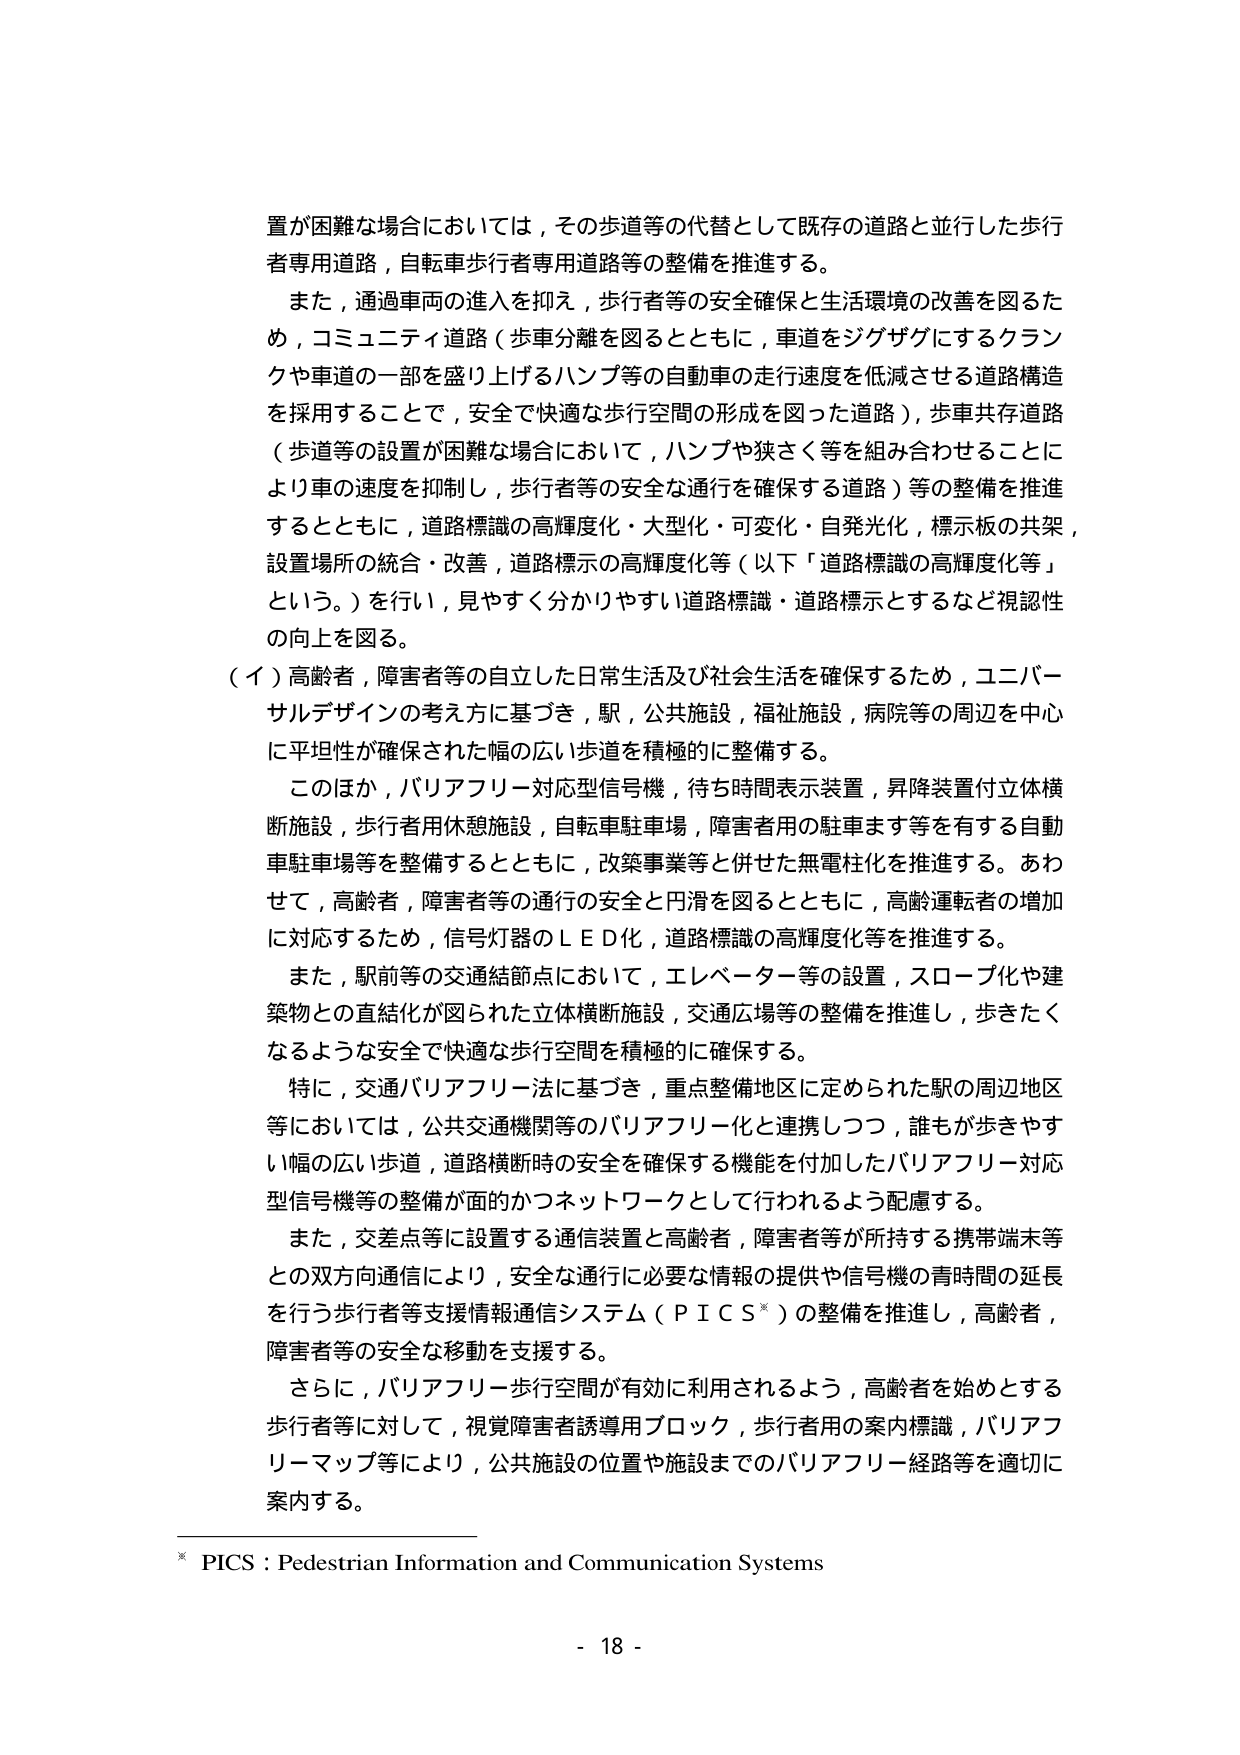
置が困難な場合においては，その歩道等の代替として既存の道路と並行した歩行者専用道路，自転車歩行者専用道路等の整備を推進する。

また，通過車両の進入を抑え，歩行者等の安全確保と生活環境の改善を図るため，コミュニティ道路（歩車分離を図るとともに，車道をジグザグにするクランクや車道の一部を盛り上げるハンプ等の自動車の走行速度を低減させる道路構造を採用することで，安全で快適な歩行空間の形成を図った道路），歩車共存道路（歩道等の設置が困難な場合において，ハンプや狭さく等を組み合わせることにより車の速度を抑制し，歩行者等の安全な通行を確保する道路）等の整備を推進するとともに，道路標識の高輝度化・大型化・可変化・自発光化，標示板の共架，設置場所の統合・改善，道路標示の高輝度化等（以下「道路標識の高輝度化等」という。）を行い，見やすく分かりやすい道路標識・道路標示とするなど視認性の向上を図る。

（イ）高齢者，障害者等の自立した日常生活及び社会生活を確保するため，ユニバーサルデザインの考え方に基づき，駅，公共施設，福祉施設，病院等の周辺を中心に平坦性が確保された幅の広い歩道を積極的に整備する。

このほか，バリアフリー対応型信号機，待ち時間表示装置，昇降装置付立体横断施設，歩行者用休憩施設，自転車駐車場，障害者用の駐車ます等を有する自動車駐車場等を整備するとともに，改築事業等と併せた無電柱化を推進する。あわせて，高齢者，障害者等の通行の安全と円滑を図るとともに，高齢運転者の増加に対応するため，信号灯器のＬＥＤ化，道路標識の高輝度化等を推進する。

また，駅前等の交通結節点において，エレベーター等の設置，スロープ化や建築物との直結化が図られた立体横断施設，交通広場等の整備を推進し，歩きたくなるような安全で快適な歩行空間を積極的に確保する。

特に，交通バリアフリー法に基づき，重点整備地区に定められた駅の周辺地区等においては，公共交通機関等のバリアフリー化と連携しつつ，誰もが歩きやすい幅の広い歩道，道路横断時の安全を確保する機能を付加したバリアフリー対応型信号機等の整備が面的かつネットワークとして行われるよう配慮する。

また，交差点等に設置する通信装置と高齢者，障害者等が所持する携帯端末等との双方向通信により，安全な通行に必要な情報の提供や信号機の青時間の延長を行う歩行者等支援情報通信システム（ＰＩＣＳ※）の整備を推進し，高齢者，障害者等の安全な移動を支援する。

さらに，バリアフリー歩行空間が有効に利用されるよう，高齢者を始めとする歩行者等に対して，視覚障害者誘導用ブロック，歩行者用の案内標識，バリアフリーマップ等により，公共施設の位置や施設までのバリアフリー経路等を適切に案内する。

※ PICS : Pedestrian Information and Communication Systems

- 18 -